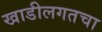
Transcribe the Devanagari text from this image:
खाडीलगतचा